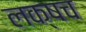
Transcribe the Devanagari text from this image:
लक्षच